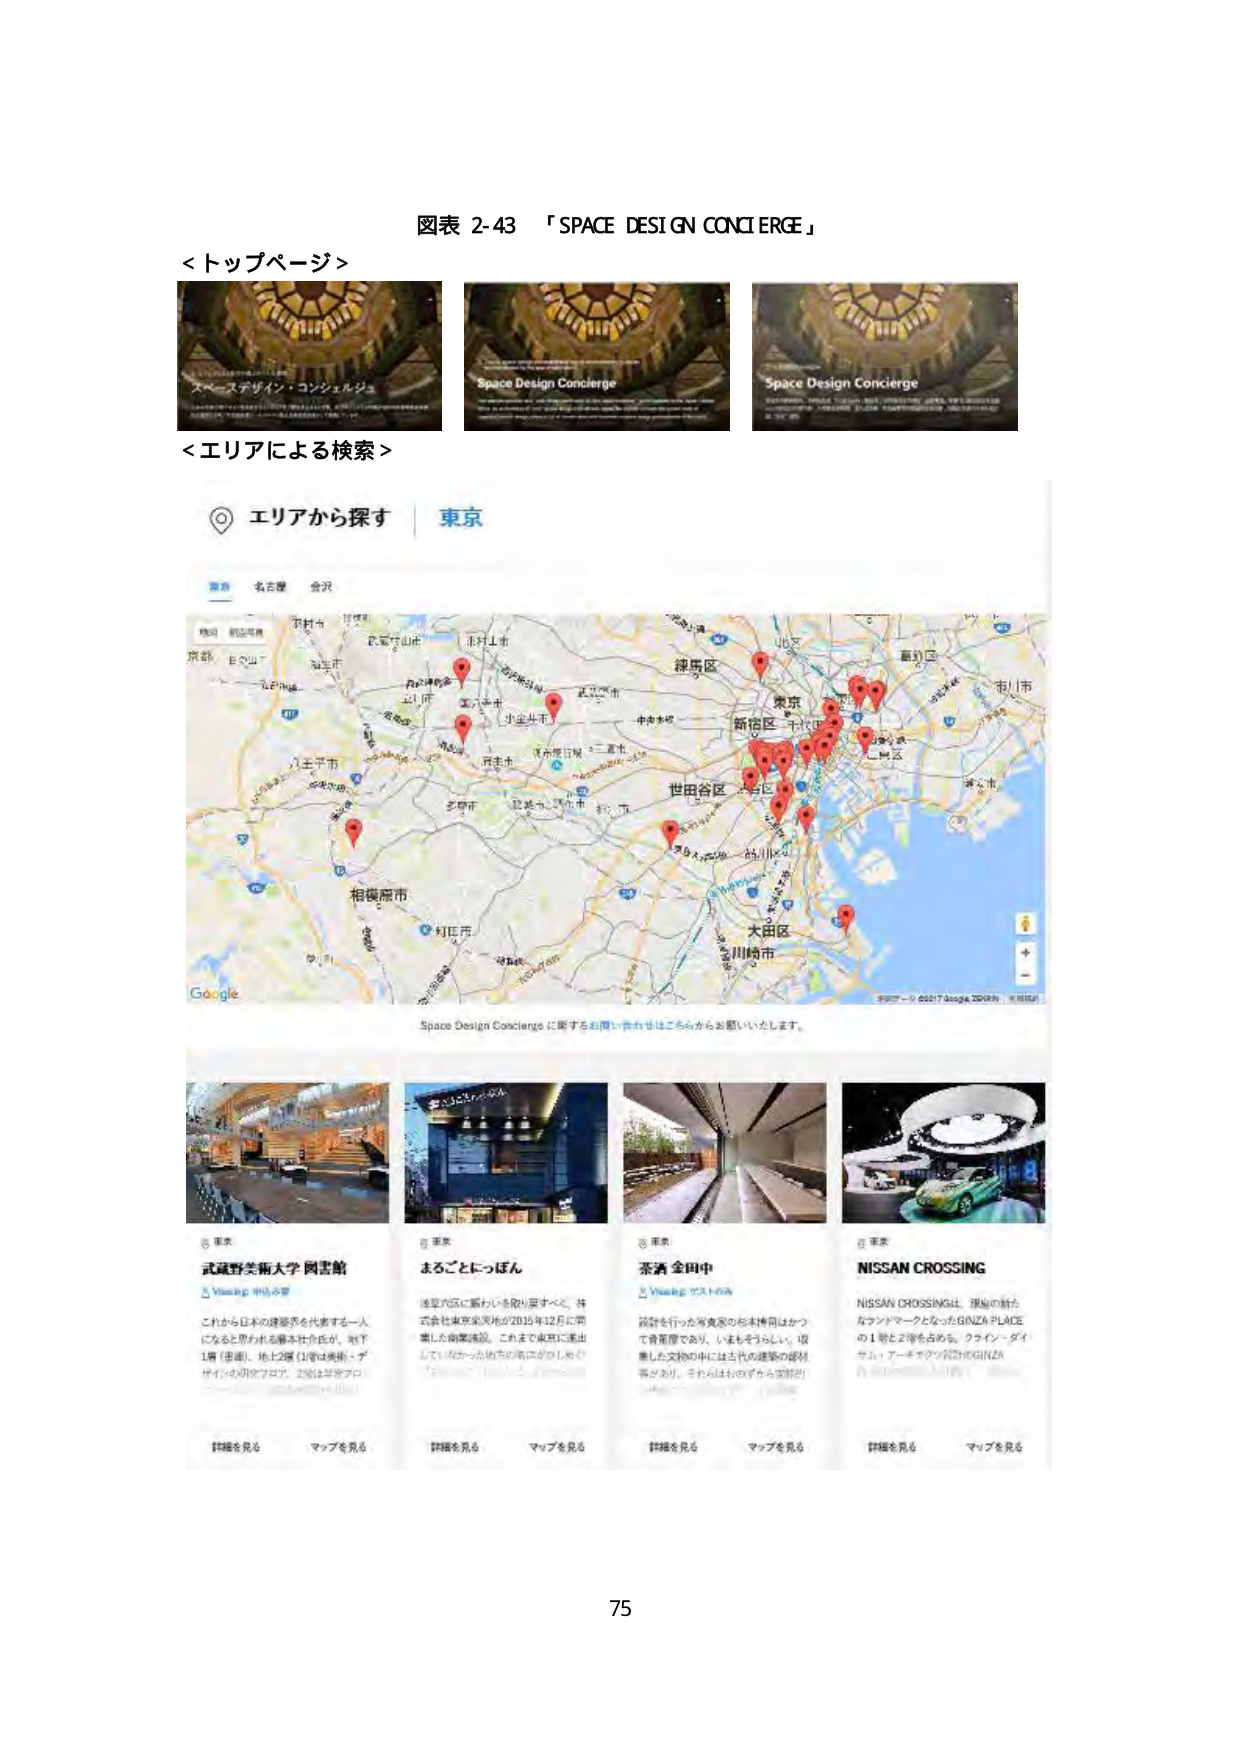
図表 2-43 「SPACE DESIGN CONCIERGE」

＜トップページ＞
スペースデザイン・コンシェルジュ
Space Design Concierge
Space Design Concierge

＜エリアによる検索＞
エリアから探す 東京
名古屋 会沢
Google
Space Design Concierge に関するお問い合わせはこちらからお願いいたします。

武蔵野美術大学 図書館
Viewing 4th Floor
これから日本の建築界を代表する一人になると思われる藤本壮介氏が、地下1階（書庫）、地上2階（1階は美術・デザインの研究フロア、2階はギャラリー）に設計した図書館。
詳細を見る マップを見る

まるごとにっぽん
浅草六区に賑わいを取り戻すべく、株式会社東京楽天地が2015年12月に開業した商業施設。これまで東京に進出していなかった地方の商店がひしめき合う。
詳細を見る マップを見る

茶酒 金田中
Viewing 3rd Floor
設計を行った河島家の杉本博司はかつて青葉屋であり、いまもそうらしい。収集した文脈の中には当代の建築の資料等があり、それらはわずかに空間的。
詳細を見る マップを見る

NISSAN CROSSING
NISSAN CROSSINGは、理想の街たなランドマークとなったGINZA PLACEの1階と2階を占める。ファイナーデイセレクションやアーティストのGIFZAN
詳細を見る マップを見る

75